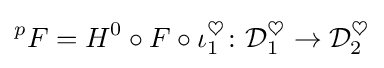
{}^{p}F=H^{0}\circ F\circ \iota _{1}^{\heartsuit }\colon {\mathcal {D}}_{1}^{\heartsuit }\to {\mathcal {D}}_{2}^{\heartsuit }